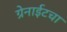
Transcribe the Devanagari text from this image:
ग्रेनाईटचा